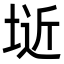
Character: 𭎱